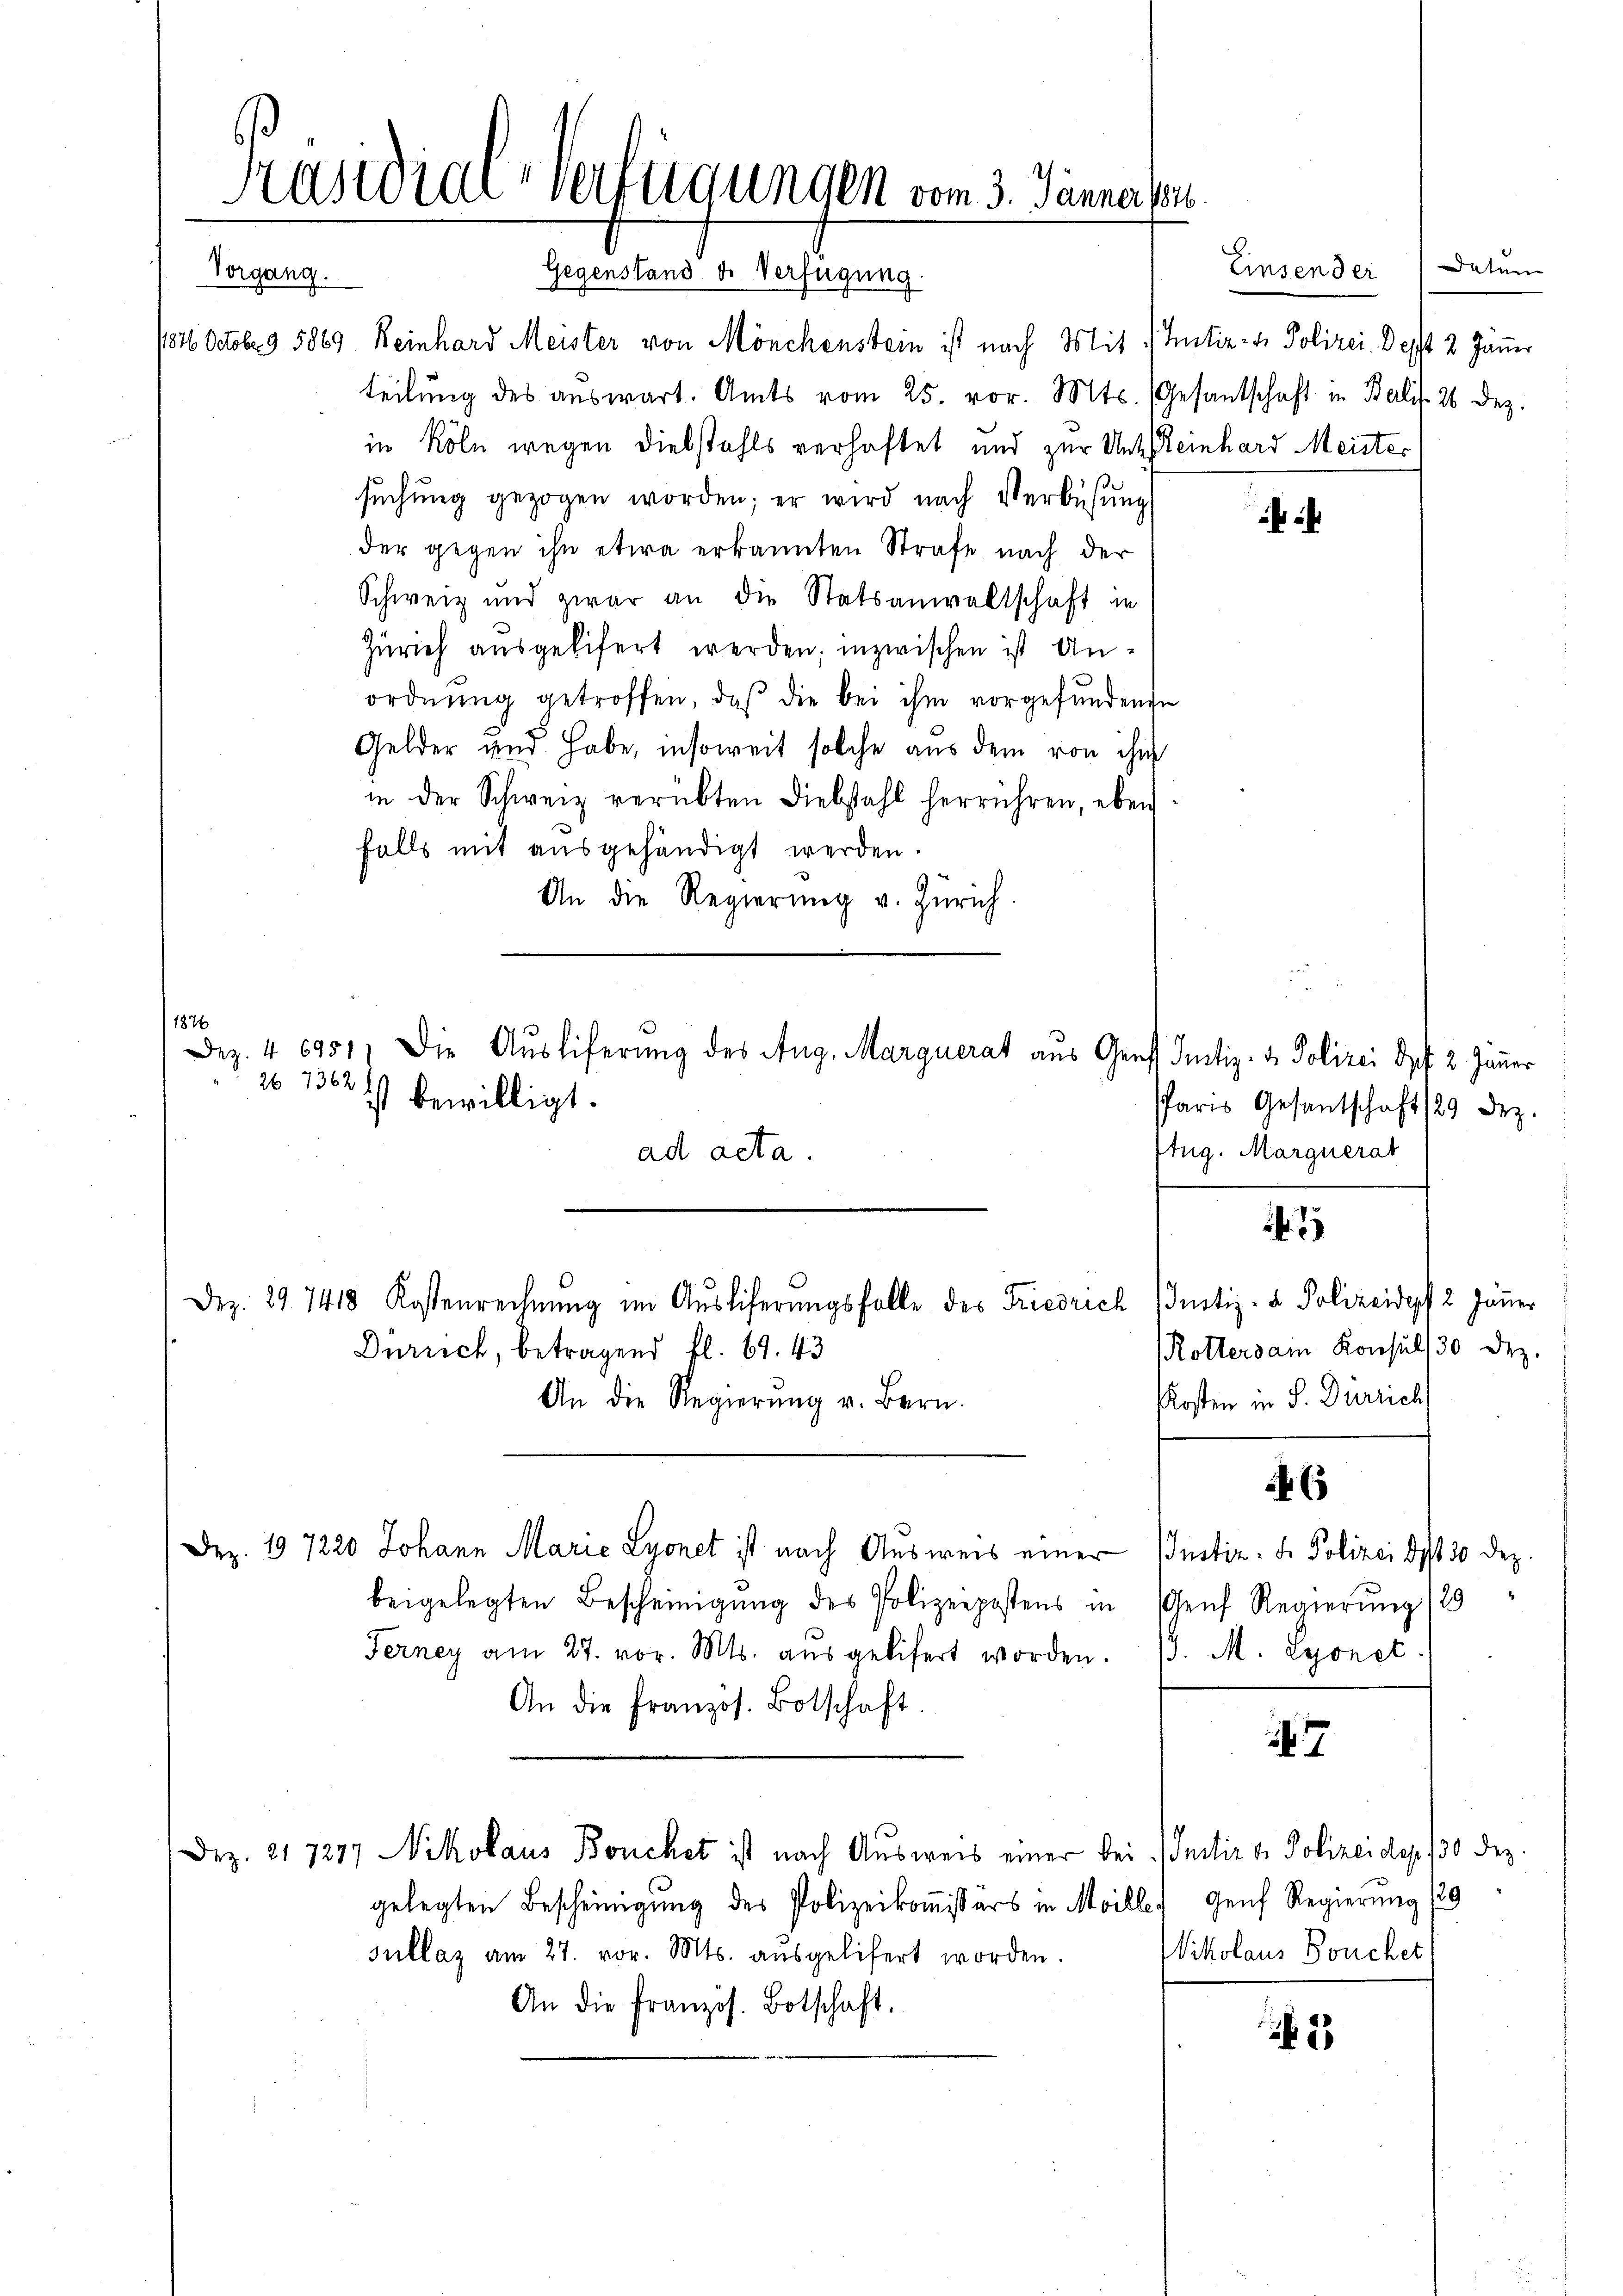
Käsidial-Verfügungen vom 3. Jänner 184
Vorgang.
Gegenstand d. Verfügung

1846 Octobr. 9. 5869. Reinhard Meister von Mönchenstein ist nach Mit
teilŭng des aŭswart. Amts vom 25. vor. Mts. (Gesandschaft in Balif. 26 Dez.
in Köln wegen Diebstahls verhaftet und zur Unter
sŭchŭng gezogen worden; er wird nach Verbüsŭng
der gegen ihn etwa erkannten Strafe nach der
Schweiz und zwar an die Statsanwaltschaft in
Zürich ausgelifert werden; inzwischen ist Anordnŭng getroffen, daß die bei ihm vorgefundende
Gelder und habe, insoweit solche aus dem von ihm
in der Schweiz verübten Diebstahl herrühren, eben
falls mit ausgehändigt werden.
An die Regierung v. Zürich
1876
Dez. 46951, die Auslieferung des Aug. Marguerat aus Graf Justiz- & Polizei dpf 2. Jänner
26 1362)
ist bewilligt.
ad acta.

Zürich, betragend fl. 69. 43
An die Regierŭng v. Bern.
Dez. 197220 Johann Marie Lyonet ist nach Ausweis einer
beigelegten Bescheinigung des Polizeipostens in Genf Regierung /29
Ferney am 27. vor. Mts. aŭsgelifert worden. /. M. Lyonet
An die französ. Botschaft
Dez. 217277 Nikolaus Bouchet ist nach Ausweis einer bei
gelegten Bescheinigung des Polizeikommissärs in Meille Genf Regierung 19
sullaz am 27. vor. Mts. aŭsgelifert worden.
An die Französ. Botschaft.

Dez. 29. 7418 Kostenrechnŭng im Auslieferungsfalle des Friedrich (Justiz- & Polizeidypf 2 Jänner

Einsender Datum
Justiz- & Polizei. Desst 2 Jänner
Reinhard Meister

Paris Gesantschaft 29 Dez.
Aug. Marguerat

Rottersain Konsuls 30 Dez.
Kosten in S. Dürrich

Justiz- & Polizei de 30 Dez.

7

23

Justiz & Polizeides 130 Dez.
Wikolaus Bouchet,